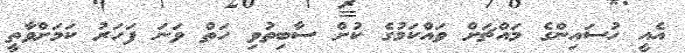
އެއީ ހުސައިންގެ މައްޗަށް ވައްކަމުގެ ކުށް ސާބިތުވި ހަތް ވަނަ ފަހަރު ކަމަށްވާތީ